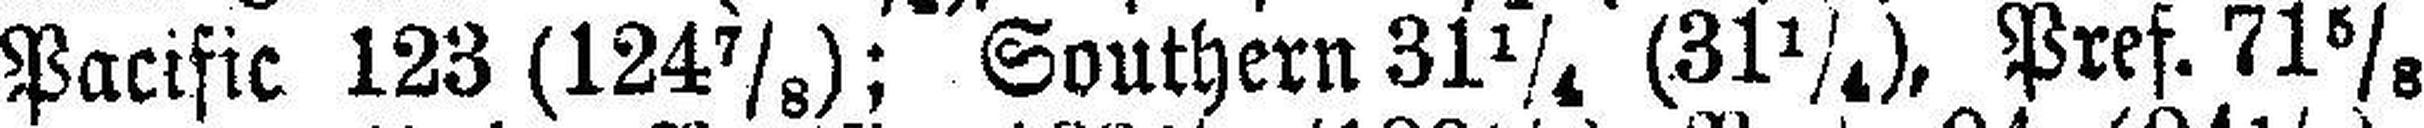
Pacific 123(124⅞); Southern 31¼ (31¼), Pref. 71⅝